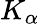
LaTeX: K_{\alpha}